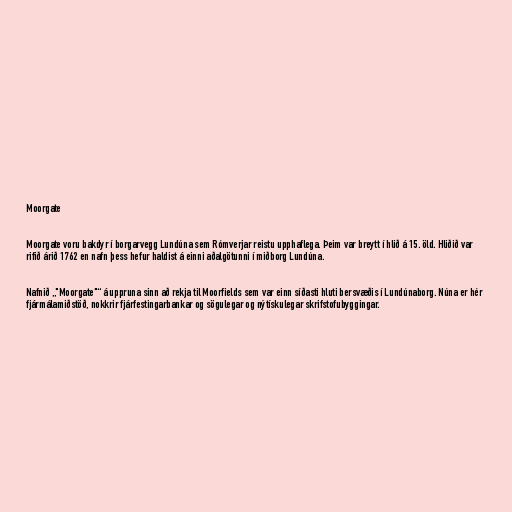
Moorgate

Moorgate voru bakdyr í borgarvegg Lundúna sem Rómverjar reistu upphaflega. Þeim var breytt í hlið á 15. öld. Hliðið var
rifið árið 1762 en nafn þess hefur haldist á einni aðalgötunni í miðborg Lundúna.

Nafnið „"Moorgate"“ á uppruna sinn að rekja til Moorfields sem var einn síðasti hluti bersvæðis í Lundúnaborg. Núna er hér
fjármálamiðstöð, nokkrir fjárfestingarbankar og sögulegar og nýtískulegar skrifstofubyggingar.